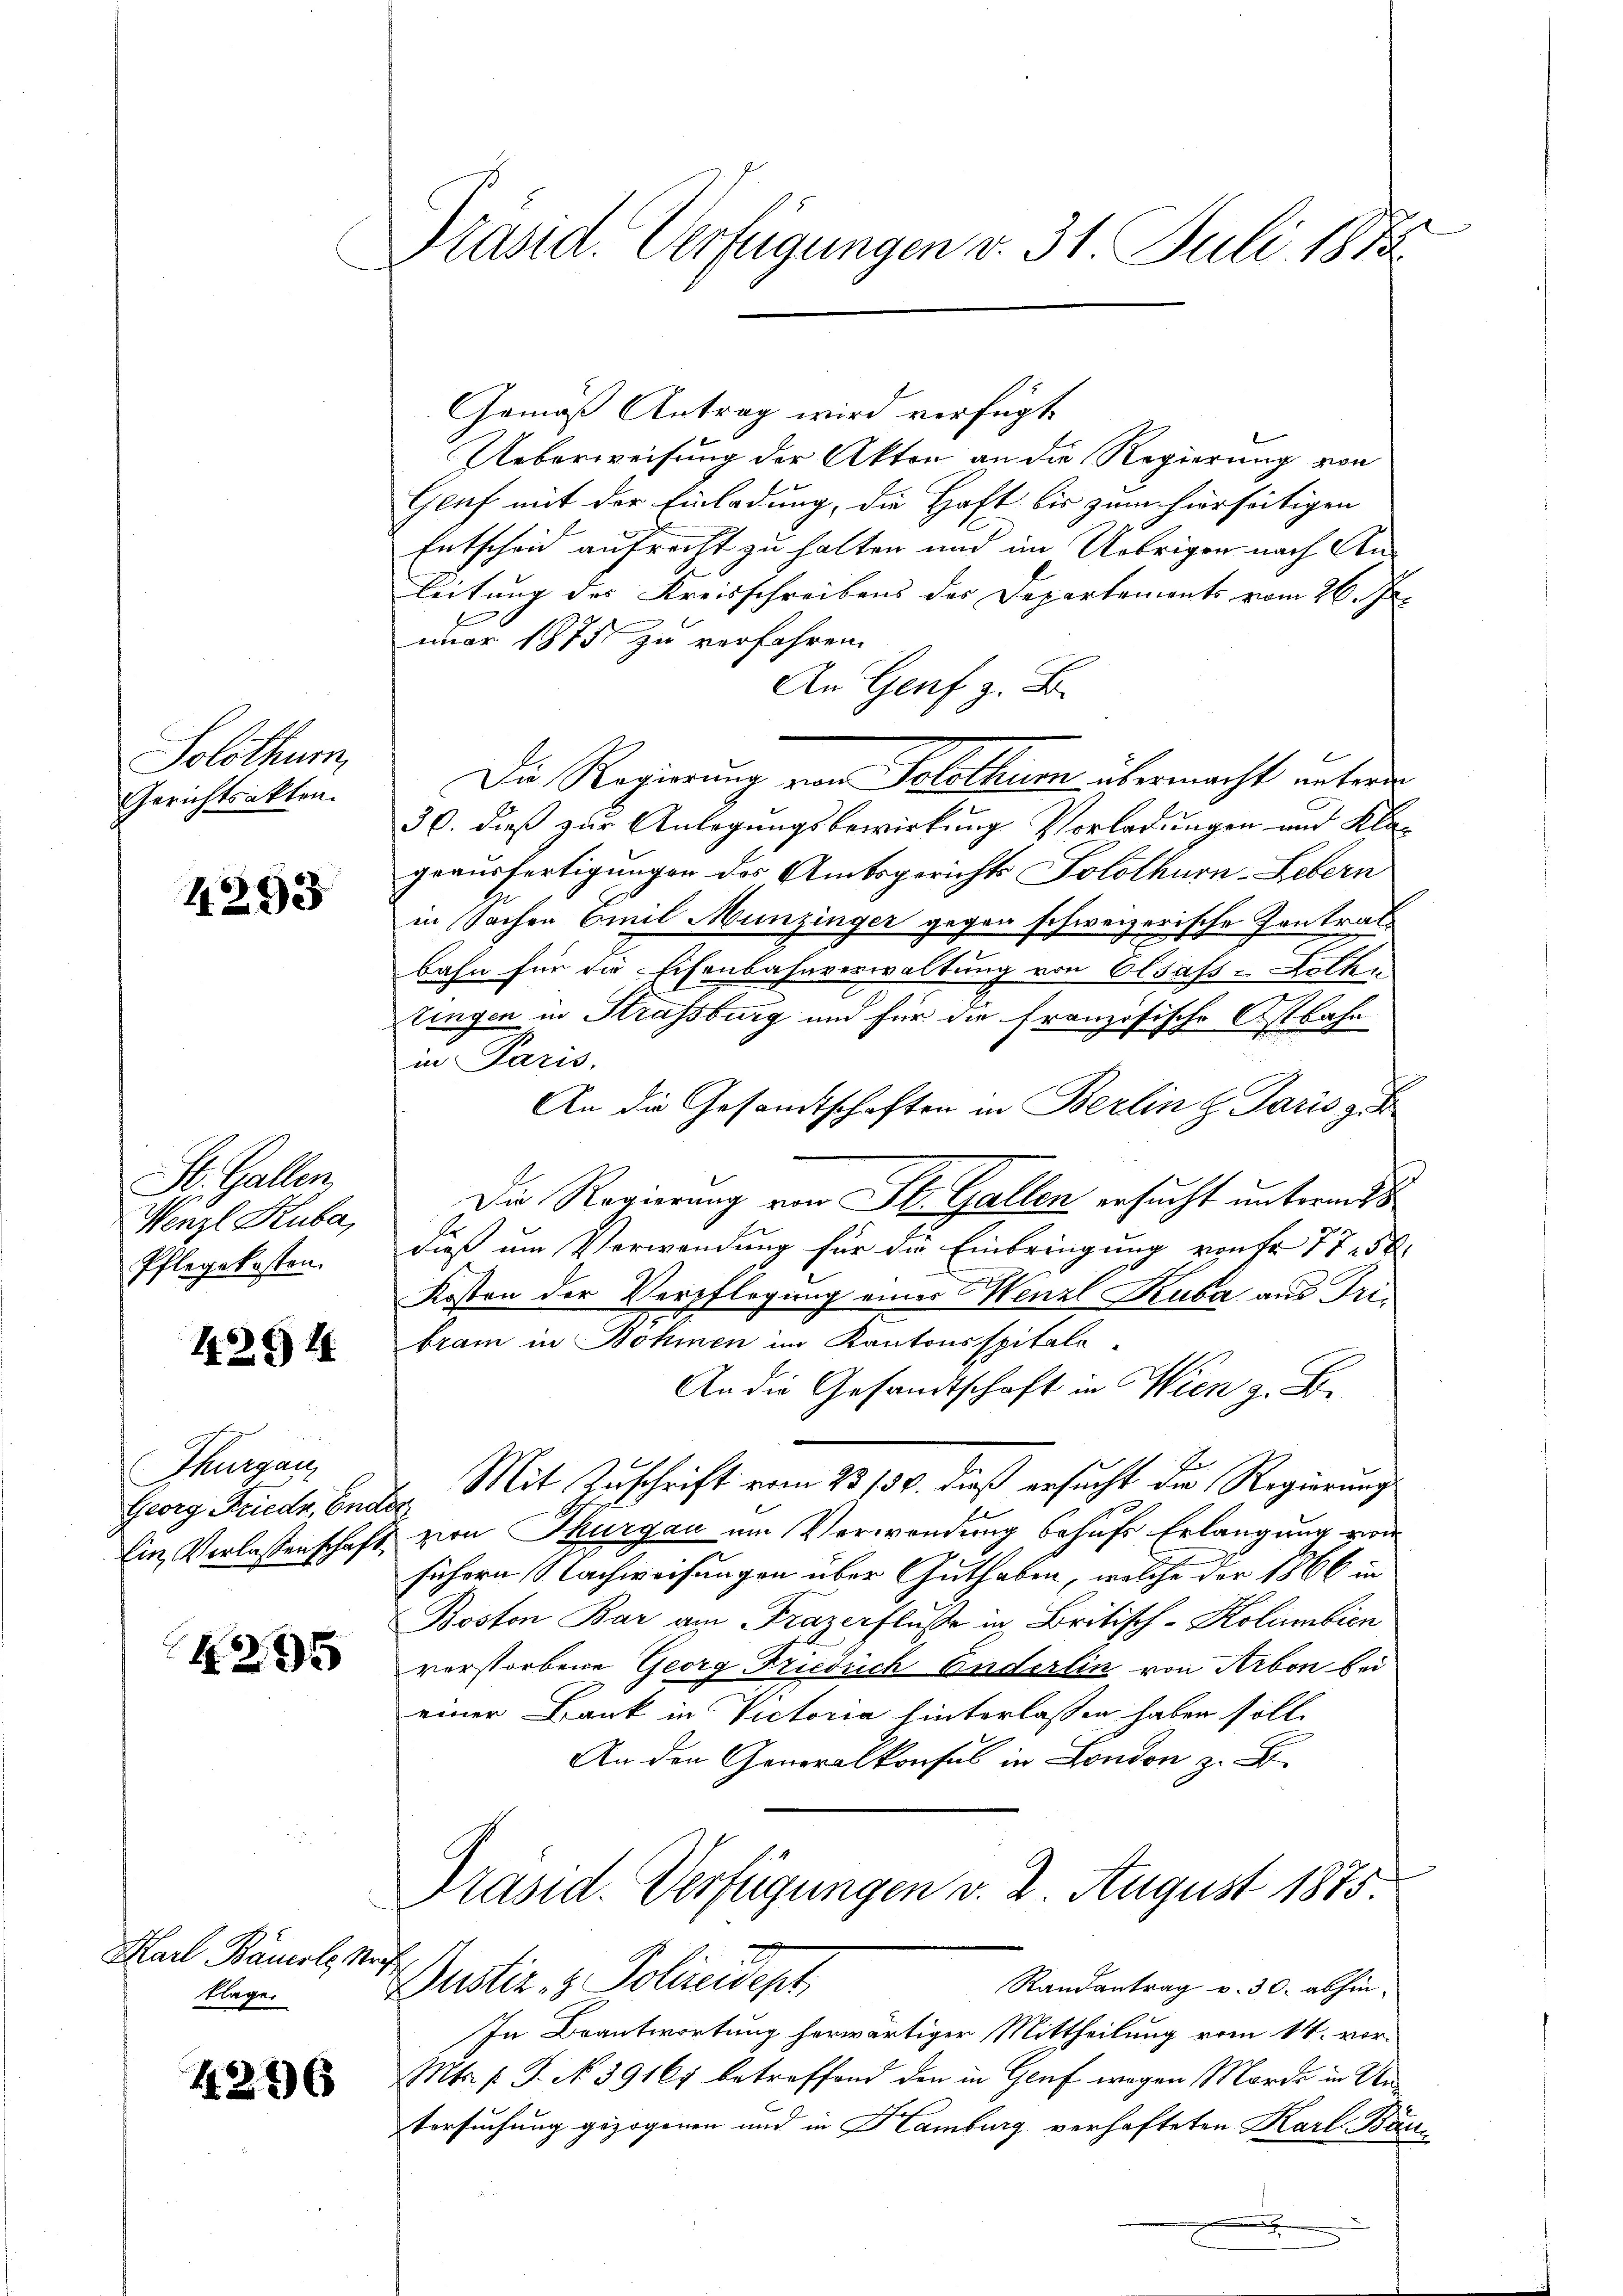
Solothurn,
Gerichtsakten.

4293

St. Gallen.
Wenzl Kuba,
Pflegekosten.

42941

Thurgau
Georg Friedr. Ender

.265

Mart. Bauert, Nach
klage.

4236

Präsid. Verfügungen v. 31. Juli 1873.

Gemäß Antrag wird verfügt
Ueberweisung der Akten an die Regierung von
Gruf mit der Einladung, die Haft bis zum hierseitigen
Entscheid aufrecht zu halten und im Uebrigen nach An¬
Leitung des Kreisschreibens der Departements vom 26. Ju
nuar 1875 zu verfahren.
An Genf z. B.
Die Regierung von Solothum übermacht unterm
30. dieß zur Anlegungsbewirkung Vorladungen und Klageausfertigungen des Amtsgerichts Solothurn-Lebern
in Sachen Emil Munzinger gegen schweizerische Kontrat
bahn für die Schenbahnverwaltung von Olsass-Kollen
tingen in Strassburg und für die französische Ostbahn
in Paris.
An die Gesandtschaften in Berlin  Paris z. B.
Die Regierung von St. Gallen ersucht unterm
dieß um Verwendung für die Einbringung von fr. 77. 58.
Kosten der Verpflegung einer Wenzl Kuba aus Tribram in Böhmen im Kantonsspitale
An die Gesandtschaft in Wien z. B.
Mit Zuschrift vom 23/30. dieß ersucht die Regierung
Ein Verlassenschaft von Thurgau um Verwendung behufs Erlangung von
sichern Nachweisungen über Guthaben, welche der 1866 in
Boston Bar am Frazerflusse in Britisch-Kolumbien
verstorbene Georg Friedrich Enderlin von Arbon bei
einer Bank in Victoria hinterlassen haben soll.
 den in
Präsid. Verfügungen v. 2. August 1875.
ustiz- & Polizeidept
Randantrag v. 30. abhin.
In Beantwortung herwärtiger Mittheilung vom 14. vor¬
Mts. f. J. No. 39167 betreffend den in Genf wegen Morde in Un¬
Versuchung gezogenen und in Hamburg verhafteten Karl Bän¬
.
i